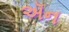
ઍન